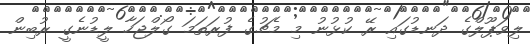
ލިވަޕޫލްގެ ދަނޑުގައި ރޭ ކުޅުނު މި މެޗުގެ ފުރަތަމަ ގޯލްޖަހާ ލީޑުނެގީ ރުބިން